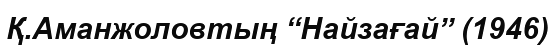
Қ.Аманжоловтың “Найзағай” (1946)